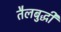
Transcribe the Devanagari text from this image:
तैलबुद्धी